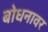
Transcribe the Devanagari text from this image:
बोधनावर